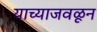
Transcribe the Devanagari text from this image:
याच्याजवळून